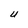
Character: U